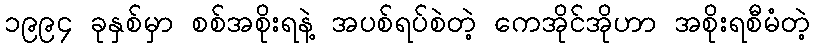
၁၉၉၄ ခုနှစ်မှာ စစ်အစိုးရနဲ့ အပစ်ရပ်စဲတဲ့ ကေအိုင်အိုဟာ အစိုးရစီမံတဲ့